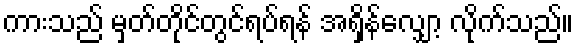
ကားသည် မှတ်တိုင်တွင်ရပ်ရန် အရှိန်လျှော့ လိုက်သည်။